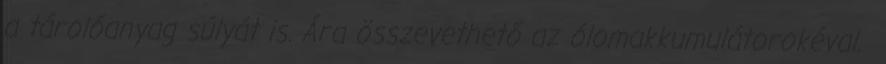
a tárolóanyag súlyát is. Ára összevethető az ólomakkumulátorokéval.